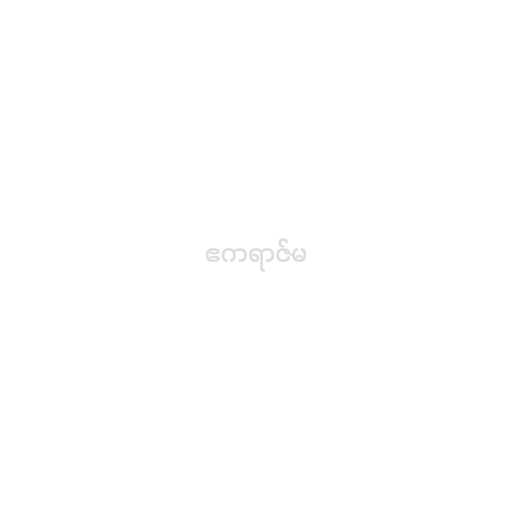
ဧကရာဇ်မ